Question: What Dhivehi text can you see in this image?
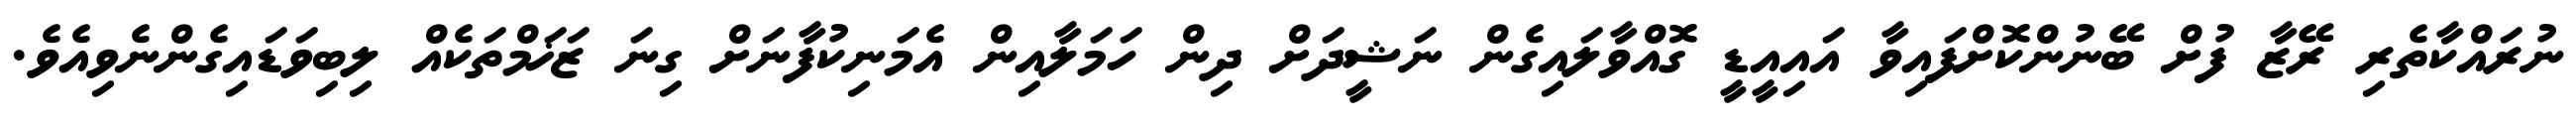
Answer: ނުރައްކާތެރި ރޭޒާ ފުށް ބޭނުންކޮށްފައިވާ އައިއީޑީ ގޮއްވާލައިގެން ނަޝީދަށް ދިން ހަމަލާއިން އެމަނިކުފާނަށް ގިނަ ޒަޚަމްތަކެއް ލިބިވަޑައިގެންނެވިއެވެ.